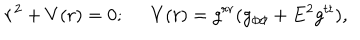
\dot { r } ^ { 2 } + V ( r ) = 0 ; \; \; V ( r ) = g ^ { r r } ( g _ { \phi \phi } + E ^ { 2 } g ^ { t t } ) ,